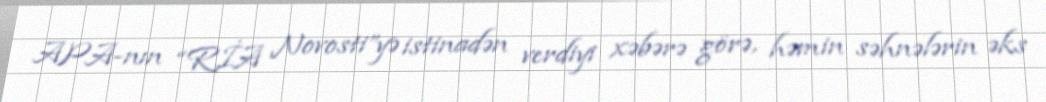
APA-nın “RİA Novosti”yə istinadən verdiyi xəbərə görə, həmin səhnələrin əks